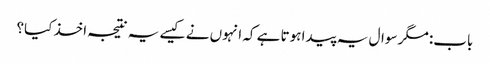
باب: مگر سوال یہ پیدا ہوتا ہے کہ انہوں نے کیسے یہ نتیجہ اخذ کیا؟